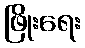
ဖြိုးရေး